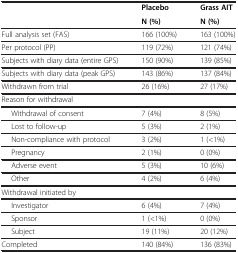
|  | Placebo | Grass AIT |
 |  | N (%) | N (%) |
 | --- | --- | --- |
 | Full analysis set (FAS) | 166 (100%) | 163 (100%) |
 | Per protocol (PP) | 119 (72%) | 121 (74%) |
 | Subjects with diary data (entire GPS) | 150 (90%) | 139 (85%) |
 | Subjects with diary data (peak GPS) | 143 (86%) | 137 (84%) |
 | Withdrawn from trial | 26 (16%) | 27 (17%) |
 | Reason for withdrawal |  |  |
 | Withdrawal of consent | 7 (4%) | 8 (5%) |
 | Lost to follow-up | 5 (3%) | 2 (1%) |
 | Non-compliance with protocol | 3 (2%) | 1 (<1%) |
 | Pregnancy | 2 (1%) | 0 (0%) |
 | Adverse event | 5 (3%) | 10 (6%) |
 | Other | 4 (2%) | 6 (4%) |
 | Withdrawal initiated by |  |  |
 | Investigator | 6 (4%) | 7 (4%) |
 | Sponsor | 1 (<1%) | 0 (0%) |
 | Subject | 19 (11%) | 20 (12%) |
 | Completed | 140 (84%) | 136 (83%) |